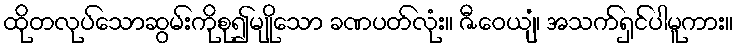
ထိုတလုပ်သောဆွမ်းကိုစု၍မျိုသော ခဏပတ်လုံး။ ဇီဝေယျံ၊ အသက်ရှင်ပါမူကား။